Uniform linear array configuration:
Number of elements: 12
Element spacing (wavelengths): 0.75
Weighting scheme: uniform
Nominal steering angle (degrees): -45
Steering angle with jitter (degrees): -45.549
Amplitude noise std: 0.05
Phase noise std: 0.05

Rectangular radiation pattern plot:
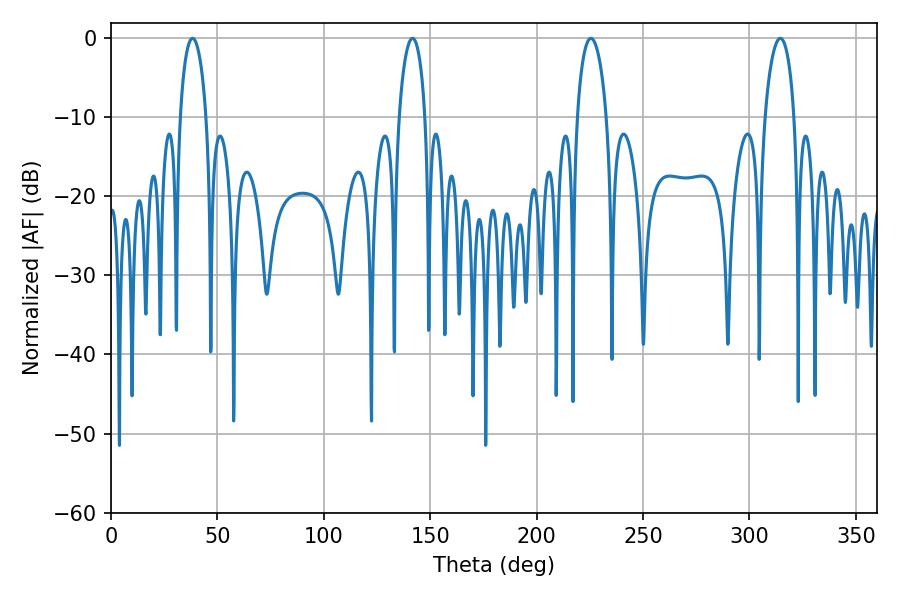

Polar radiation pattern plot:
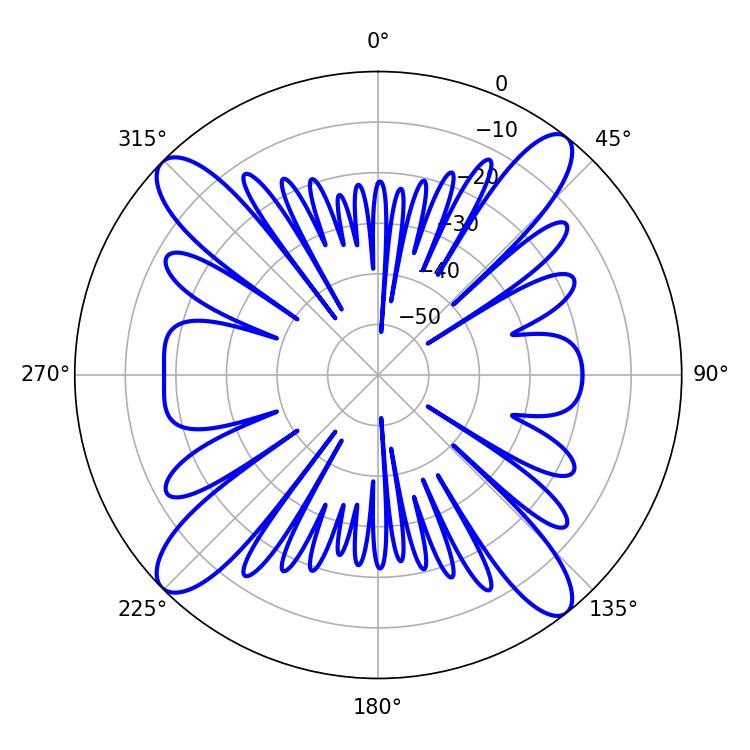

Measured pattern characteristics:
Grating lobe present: TRUE
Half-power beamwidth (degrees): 7.02
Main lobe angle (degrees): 38.34